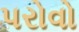
પરોવો